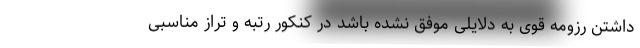
داشتن رزومه قوی به دلایلی موفق نشده باشد در کنکور رتبه و تراز مناسبی